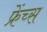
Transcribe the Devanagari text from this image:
फ्रेंच्स